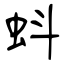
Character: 蚪